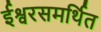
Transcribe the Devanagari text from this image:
ईश्वरसमर्थित